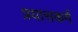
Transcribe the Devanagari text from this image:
प्रयासकर्म